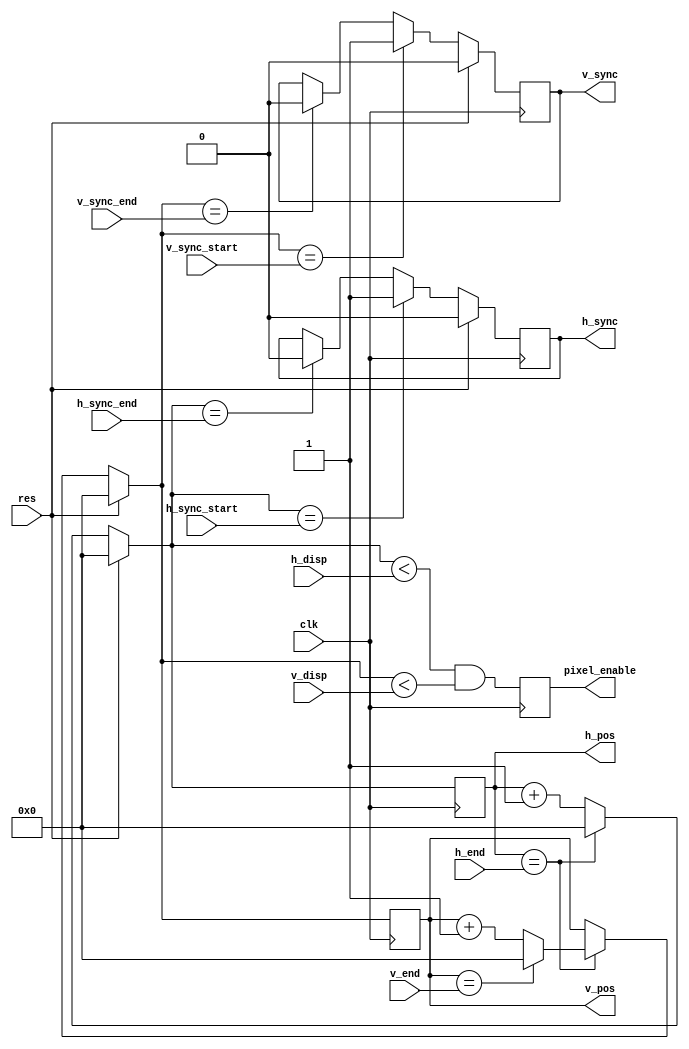
/* FPGA Util library
	Copyright (C) 2013-2014  Carsten Elton Sorensen

	This program is free software: you can redistribute it and/or modify
	it under the terms of the GNU General Public License as published by
	the Free Software Foundation, either version 3 of the License, or
	(at your option) any later version.

	This program is distributed in the hope that it will be useful,
	but WITHOUT ANY WARRANTY; without even the implied warranty of
	MERCHANTABILITY or FITNESS FOR A PARTICULAR PURPOSE.  See the
	GNU General Public License for more details.

	You should have received a copy of the GNU General Public License
	along with this program.  If not, see <http://www.gnu.org/licenses/>.
*/

//
// VGA signal generator
//
// |disp                              |front|sync |back |
// |----------------------------------+-----+-----+-----|
//                                    |     |     |     |
//                                    |     |     |     +- end (total - 1)
//                                    |     |     +------- sync end
//                                    |     +------------- sync start
//                                    +------------------- disp
//

module vga_sync(
	input clk,
	input res,

	// VGA configuration
	input [10:0] h_disp,
	input [10:0] h_sync_start,
	input [10:0] h_sync_end,
	input [10:0] h_end,
		
	input [10:0] v_disp,
	input [10:0] v_sync_start,
	input [10:0] v_sync_end,
	input [10:0] v_end,

	// Output
	output reg h_sync,
	output reg v_sync,
		
	// Beam/pixel positions
	output reg [10:0] h_pos,
	output reg [10:0] v_pos,
	output reg	  pixel_enable
);

reg [10:0] h_pos_next;
reg [10:0] v_pos_next;

always @*
	if (res) begin
		h_pos_next = 0;
		v_pos_next = 0;
	end else begin
		h_pos_next = h_pos + 1'd1;
		v_pos_next = v_pos;
		if (h_pos == h_end) begin
			h_pos_next = 0;
			v_pos_next = v_pos + 1'd1;
			if (v_pos == v_end)
				v_pos_next = 0;
		end
	end

reg h_sync_next;
reg v_sync_next;

always @*
	if (res) begin
		h_sync_next = 0;
		v_sync_next = 0;
	end else begin
		if (h_pos_next == h_sync_start)
			h_sync_next = 1'b1;
		else if (h_pos_next == h_sync_end)
			h_sync_next = 1'b0;
		else
			h_sync_next = h_sync;

		if (v_pos_next == v_sync_start)
			v_sync_next = 1'b1;
		else if (v_pos_next == v_sync_end)
			v_sync_next = 1'b0;
		else
			v_sync_next = v_sync;
	end

wire pixel_enable_next = h_pos_next < h_disp && v_pos_next < v_disp;
	
always @(posedge clk) begin
	h_sync <= h_sync_next;
	v_sync <= v_sync_next;
	h_pos <= h_pos_next;
	v_pos <= v_pos_next;

	pixel_enable <= pixel_enable_next;
end

endmodule